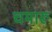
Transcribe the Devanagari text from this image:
चमारू